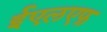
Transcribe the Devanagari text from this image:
ईएलएफ